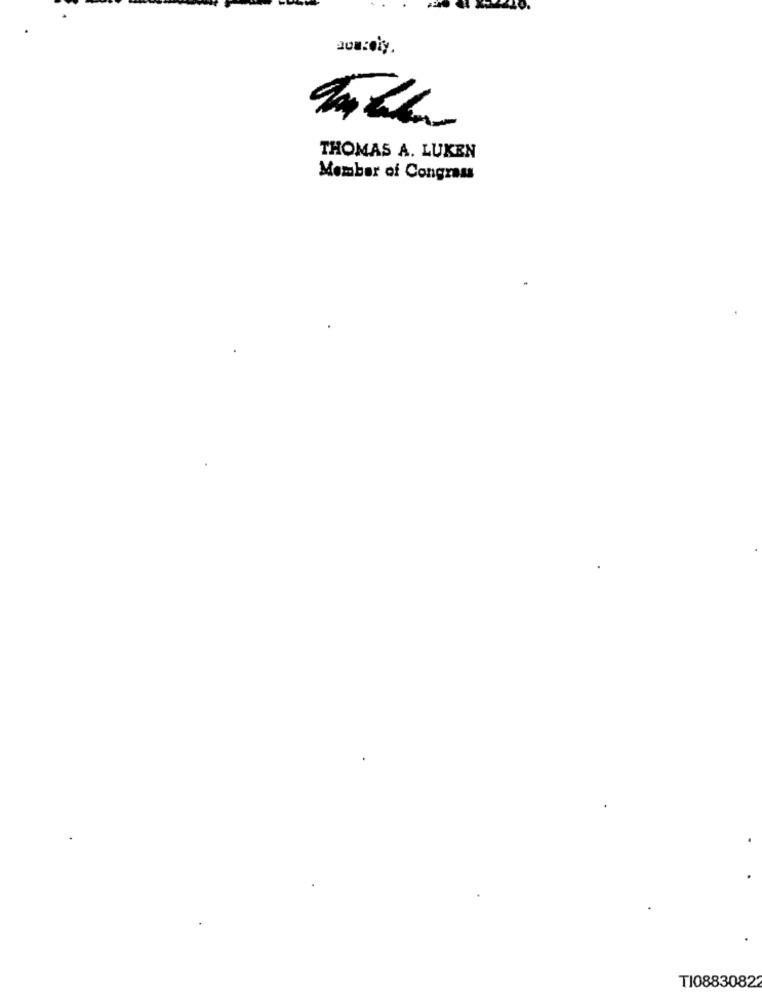
THOMAS A. LUKEN
Member of Congress
TI08830822